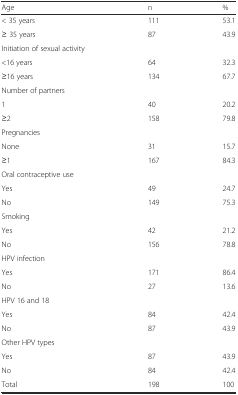
| Age | n | % |
 | --- | --- | --- |
 | < 35 years | 111 | 53.1 |
 | ≥ 35 years | 87 | 43.9 |
 | Initiation of sexual activity |  |  |
 | <16 years | 64 | 32.3 |
 | ≥16 years | 134 | 67.7 |
 | Number of partners |  |  |
 | 1 | 40 | 20.2 |
 | ≥2 | 158 | 79.8 |
 | Pregnancies |  |  |
 | None | 31 | 15.7 |
 | ≥1 | 167 | 84.3 |
 | Oral contraceptive use |  |  |
 | Yes | 49 | 24.7 |
 | No | 149 | 75.3 |
 | Smoking |  |  |
 | Yes | 42 | 21.2 |
 | No | 156 | 78.8 |
 | HPV infection |  |  |
 | Yes | 171 | 86.4 |
 | No | 27 | 13.6 |
 | HPV 16 and 18 |  |  |
 | Yes | 84 | 42.4 |
 | No | 87 | 43.9 |
 | Other HPV types |  |  |
 | Yes | 87 | 43.9 |
 | No | 84 | 42.4 |
 | Total | 198 | 100 |